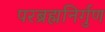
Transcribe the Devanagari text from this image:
परब्रह्मनिर्गुण